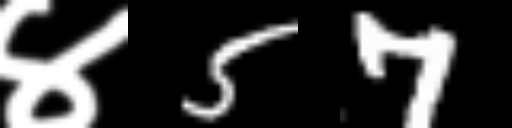
Text: ४57